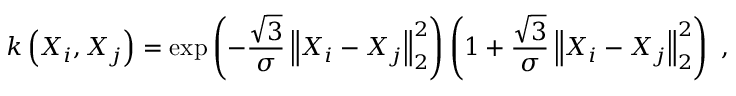
k \left( \boldsymbol { X } _ { i } , \boldsymbol { X } _ { j } \right) = \exp { \left( - \frac { \sqrt { 3 } } { \sigma } \left\lVert \boldsymbol { X } _ { i } - \boldsymbol { X } _ { j } \right\rVert _ { 2 } ^ { 2 } \right) } \left( 1 + \frac { \sqrt { 3 } } { \sigma } \left\lVert \boldsymbol { X } _ { i } - \boldsymbol { X } _ { j } \right\rVert _ { 2 } ^ { 2 } \right) ~ ,